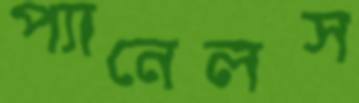
প্যানেলস